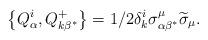
LaTeX: \begin{align*}\left\{Q_\alpha^i, Q_{k\beta^{*}}^{+}\right\} =1/2\delta_k^i\sigma_{\alpha\beta ^{*}}^\mu\widetilde{\sigma}_\mu.\end{align*}